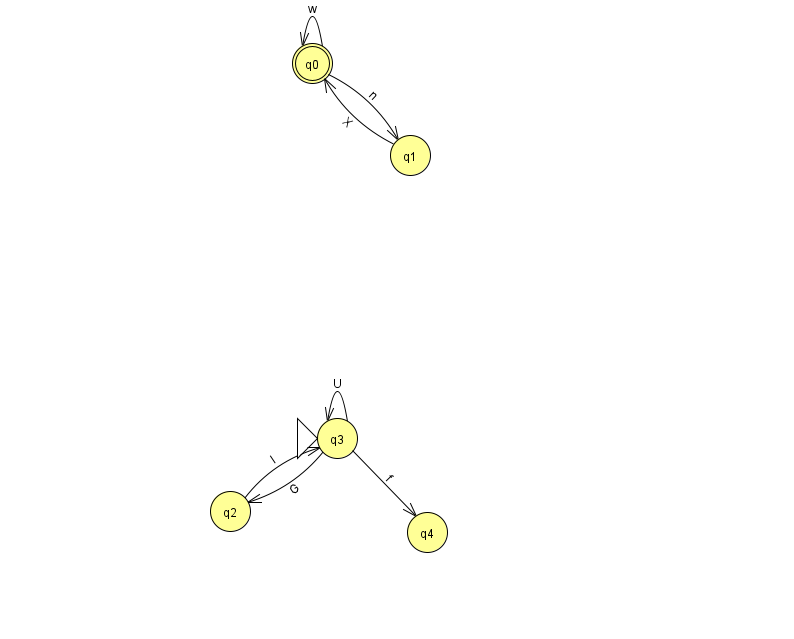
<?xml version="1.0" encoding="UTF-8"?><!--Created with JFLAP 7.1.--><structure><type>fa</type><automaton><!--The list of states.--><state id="0" name="q0"><x>312.0</x><y>50.0</y><final/></state><state id="1" name="q1"><x>410.0</x><y>142.0</y></state><state id="2" name="q2"><x>230.0</x><y>498.0</y></state><state id="3" name="q3"><x>337.0</x><y>425.0</y><initial/></state><state id="4" name="q4"><x>427.0</x><y>519.0</y></state><!--The list of transitions.--><transition><from>2</from><to>3</to><read>I</read></transition><transition><from>3</from><to>3</to><read>U</read></transition><transition><from>0</from><to>0</to><read>w</read></transition><transition><from>3</from><to>4</to><read>f</read></transition><transition><from>1</from><to>0</to><read>X</read></transition><transition><from>3</from><to>2</to><read>G</read></transition><transition><from>0</from><to>1</to><read>n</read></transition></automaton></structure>